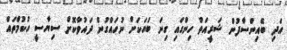
އަދި ބޭއިންސާފުން ޝަރީއަތް ހިންގައި ގިނަ ބަޔަކަށް ނުހައްގުން ދައުވާކޮށް ސިޔާސީ ހުކުމްތައް